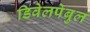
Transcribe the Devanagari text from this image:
डिवेलपेबुल